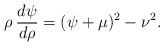
LaTeX: \begin{align*}\rho\,\frac{d\psi}{d\rho}=(\psi+\mu)^2-\nu^2.\end{align*}